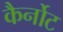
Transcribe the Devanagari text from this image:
कैर्नोट